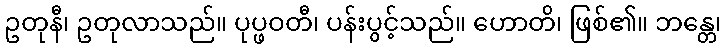
ဥတုနီ၊ ဥတုလာသည်။ ပုပ္ဖဝတီ၊ ပန်းပွင့်သည်။ ဟောတိ၊ ဖြစ်၏။ ဘန္တေ၊